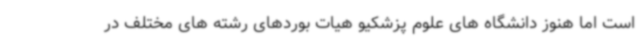
است اما هنوز دانشگاه های علوم پزشکیو هیات بوردهای رشته های مختلف در